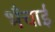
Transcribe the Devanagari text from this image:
भँचाई